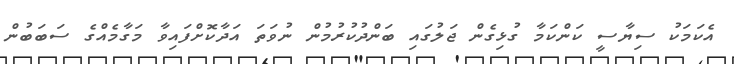
އެކަމަކު ސިޔާސީ ކަންކަމާ ގުޅިގެން ޖަލުގައި ބަންދުކުރުމުން ނުވަތަ އަދާކޮށްފައިވާ މަގާމެއްގެ ސަބަބުން